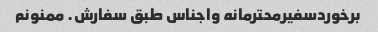
برخوردسفیرمحترمانه واجناس طبق سفارش. ممنونم